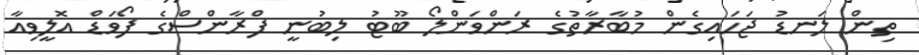
ތިން ލަނޑު ޖަހައިގެން މުބާރާތުގެ ރަންވަންލޯ ބޫޓު ލިބުނީ ފްރާންސްގެ ފޯވަޑް އޮލީވިއާ